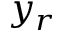
y _ { r }